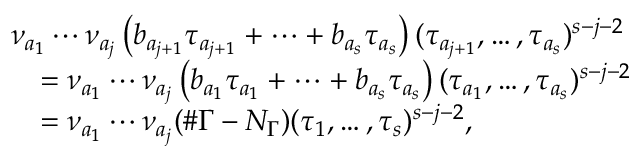
\begin{array} { r l } & { \nu _ { a _ { 1 } } \cdots \nu _ { a _ { j } } \left( b _ { a _ { j + 1 } } \tau _ { a _ { j + 1 } } + \cdots + b _ { a _ { s } } \tau _ { a _ { s } } \right) ( \tau _ { a _ { j + 1 } } , \dots , \tau _ { a _ { s } } ) ^ { s - j - 2 } } \\ & { \quad = \nu _ { a _ { 1 } } \cdots \nu _ { a _ { j } } \left( b _ { a _ { 1 } } \tau _ { a _ { 1 } } + \cdots + b _ { a _ { s } } \tau _ { a _ { s } } \right) ( \tau _ { a _ { 1 } } , \dots , \tau _ { a _ { s } } ) ^ { s - j - 2 } } \\ & { \quad = \nu _ { a _ { 1 } } \cdots \nu _ { a _ { j } } ( \# \Gamma - N _ { \Gamma } ) ( \tau _ { 1 } , \dots , \tau _ { s } ) ^ { s - j - 2 } , } \end{array}